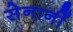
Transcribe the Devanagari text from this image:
सेनानीं